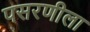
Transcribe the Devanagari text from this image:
पसरणीला